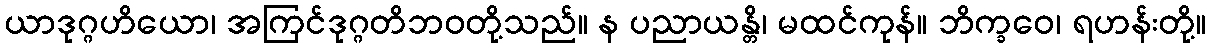
ယာဒုဂ္ဂဟိယော၊ အကြင်ဒုဂ္ဂတိဘဝတို့သည်။ န ပညာယန္တိ၊ မထင်ကုန်။ ဘိက္ခဝေ၊ ရဟန်းတို့။